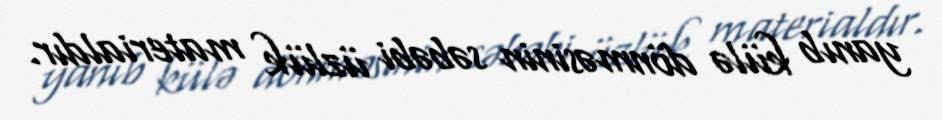
yanıb külə dönməsinin səbəbi üzlük materialdır.